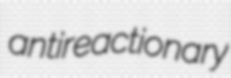
antireactionary